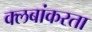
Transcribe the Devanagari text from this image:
क्लबांकरता